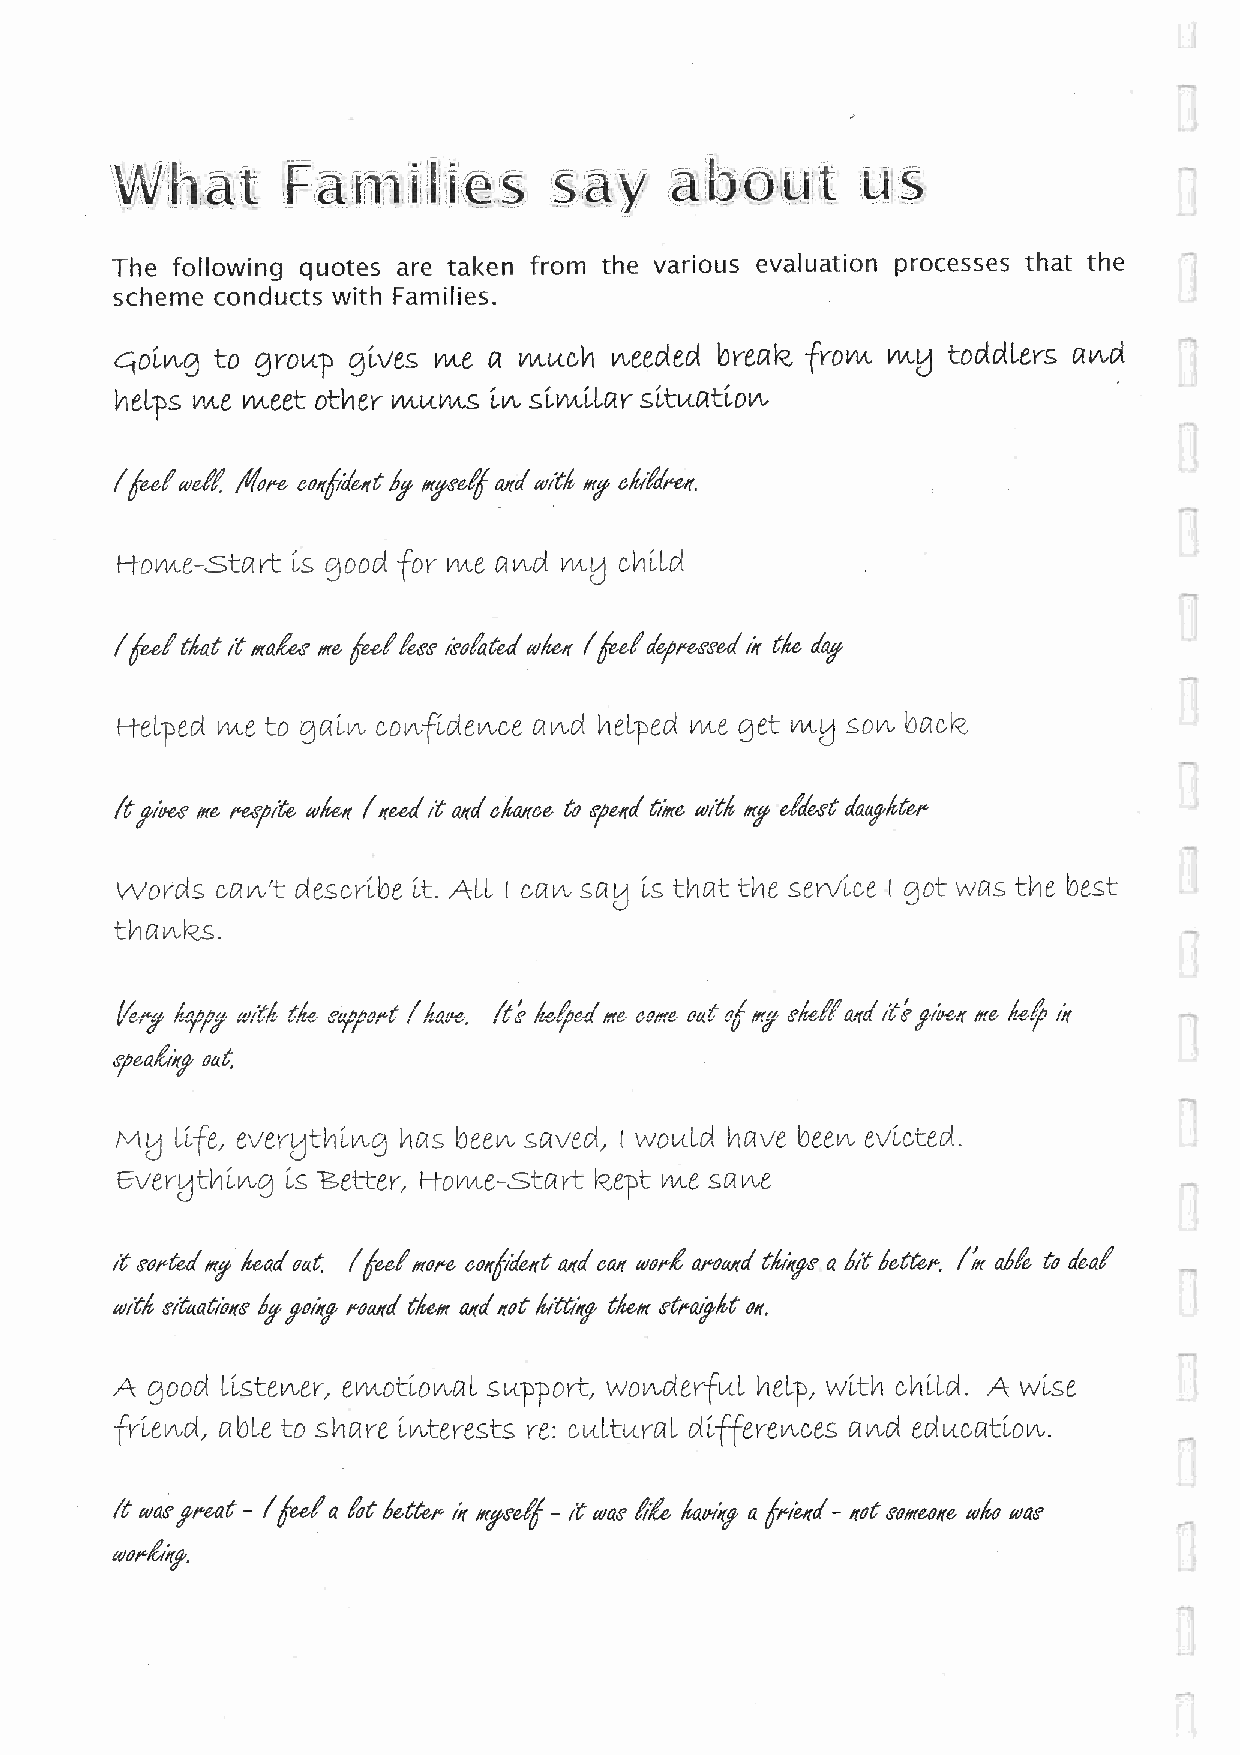
hat
 F - (cid:9)                              s
 The following quotes are taken from the various evaluation processes that the
 scheme conducts with Families.
 oi,14,0 to erotic]) oLves me a muck meoted brealz from mu tootobers wol
 lieLps me meet other vvtiAms (cid:9) sIvtAlLar sitttati,00,
 / (cid:9) Ac& caicid&fft ierali ad tot% tirg ditfo.cff,
 f-Vohke-start 1-s good -For vvte and vlitL child
 4
 / fe-a9 dat i ma& me feel tem ifolatel udeir ka" civeessed i;( de
 H-eLped me to gaLIA, cov\,-Rdev\,ce and heLped h/te get 1/1A-k/ SOIA, bac
 k-thfres ftr& ferre ai46ff Irma( fr (cid:9) daffe& creird e/Itre tO/r4(cid:9) dafeer aiaagk&t,
 Words e,an't descrLbe ft. ALL rcat& sa t/ Ls that the servize ( got was the best
 thavu2s.
 t4,7 Ay/7 (cid:9) r4e.(cid:9) Aage.7t Ae4e1 me. come oat." e leg dell ad fr, ,• (cid:9) ifte A4 hr
 67)&a4k, oat,
 everLthi.ng lias been saved, wovls1 have been evizted.
 EverL thi-o-g 1,s -P,eLLer, Frome-Start kzept te sa
 safted my /cad Oat: / fed /twee co/ride/re a/(cl mit tear-I apaturci ek;rgs a kr 6&rtet-,(cid:9) die to deal
 wit4 sytaatioffs g (cid:9) matt./ r4ex (cid:9) /rot 4/Mreoi delft erpati4t off,
 A good Li,stener, emoti,onaL stxp-port, wolA,derfAL heLp, with chi,Ld. A wLse
 bLe to share LiAterests re: ciA.LttxraL di,(Terences avol edttcati-on.
 44 teem, 'peat - /Ad a got Xat&f.ir iirref - f1 WO Me %Ohl" a 'pie/NI - ffO mfrow ad.o toas
 aveLtg,